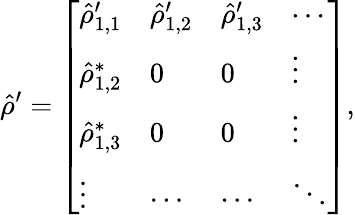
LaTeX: \hat{\rho}^{\prime}=\left[\begin{array}{llll}{\hat{\rho}_{1,1}^{\prime}}&{\hat{\rho}_{1,2}^{\prime}}&{\hat{\rho}_{1,3}^{\prime}}&{\cdots}\\ {\hat{\rho}_{1,2}^{*}}&{0}&{0}&{\vdots}\\ {\hat{\rho}_{1,3}^{*}}&{0}&{0}&{\vdots}\\ {\vdots}&{\cdots}&{\cdots}&{\ddots}\end{array}\right],